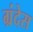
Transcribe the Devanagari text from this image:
ग्रंदेस